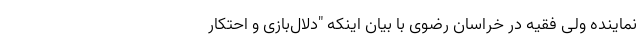
نماینده ولی فقیه در خراسان رضوی با بیان اینکه "دلال‌بازی و احتکار